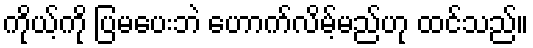
ကိုယ့်ကို ပြမပေးဘဲ ဟောက်လိမ့်မည်ဟု ထင်သည်။